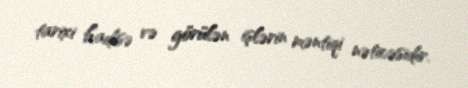
tarixi hadisə və görülən işlərin məntiqi nəticəsidir.